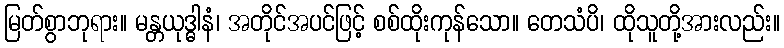
မြတ်စွာဘုရား။ မန္တယုဒ္ဓါနံ၊ အတိုင်အပင်ဖြင့် စစ်ထိုးကုန်သော။ တေသံပိ၊ ထိုသူတို့အားလည်း။